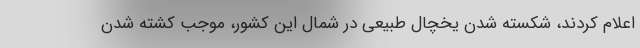
اعلام کردند، شکسته شدن یخچال طبیعی در شمال این کشور، موجب کشته شدن